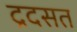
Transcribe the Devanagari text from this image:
द्रदसत